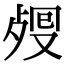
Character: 𣨏